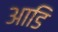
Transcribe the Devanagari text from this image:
आडि